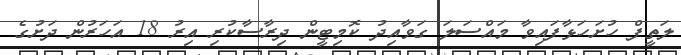
ލަތީފް ހުށަހަޅާފައިވާ މައްސަލަ ގަވާއިދު ކޮމިޓީން ދިރާސާކުރި އިރު 18 އަހަރުން ދަށުގެ